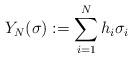
LaTeX: \begin{align*}Y_N(\sigma):=\sum_{i=1}^N h_i \sigma_i\end{align*}